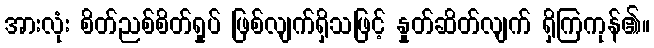
အားလုံး စိတ်ညစ်စိတ်ရှုပ် ဖြစ်လျက်ရှိသဖြင့် နှုတ်ဆိတ်လျက် ရှိကြကုန်၏။